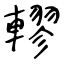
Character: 轇